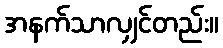
အနက်သာလျှင်တည်း။